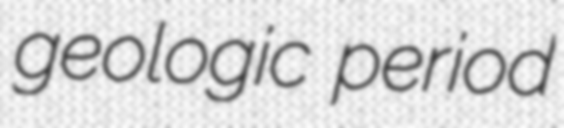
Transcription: geologic period